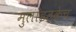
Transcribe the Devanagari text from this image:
मुलांइतकेच